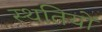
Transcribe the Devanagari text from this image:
स्‍थतियों